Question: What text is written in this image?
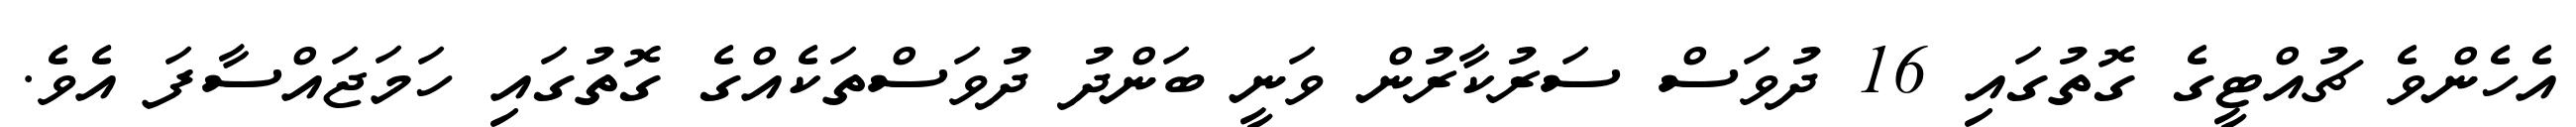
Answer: އެހެންވެ ޗުއްޓީގެ ގޮތުގައި 16 ދުވަސް ސަރުކާރުން ވަނީ ބަންދު ދުވަސްތަކެއްގެ ގޮތުގައި ހަމަޖައްސާފަ އެވެ.